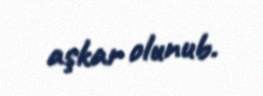
aşkar olunub.